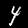
Digit: 4